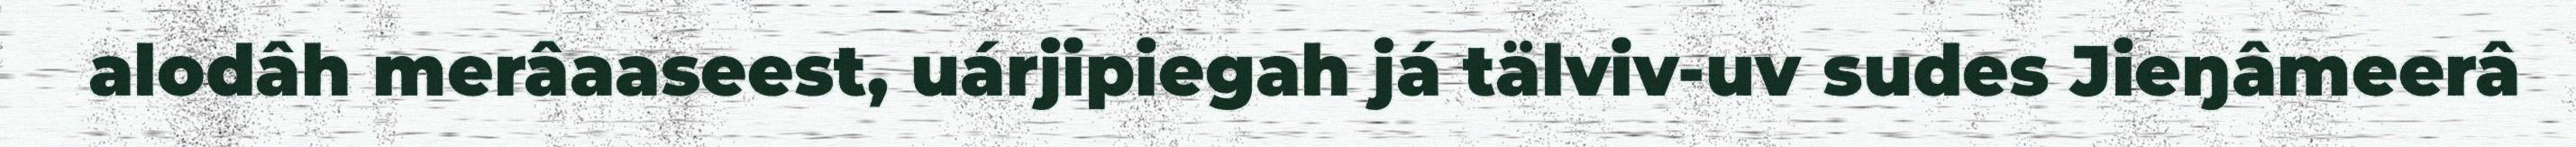
alodâh merâaaseest, uárjipiegah já tälviv-uv sudes Jieŋâmeerâ